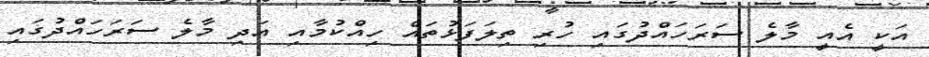
އަކީ އެއީ މާލެ ސަރަހައްދުގައި ހުރި ތިލަފަޅުތައް ހިއްކުމާއި އަދި މާލެ ސަރަހައްދުގައި